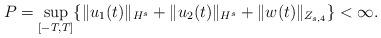
LaTeX: \begin{align*}P= \sup_{[-T,T]}\{\|u_1(t)\|_{H^s}+\|u_2(t)\|_{H^s}+\|w(t)\|_{Z_{s,4}}\}<\infty.\end{align*}